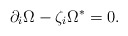
\begin{align*}\partial _{i}\Omega -\zeta _{{i}}\Omega ^{\ast }=0. \end{align*}